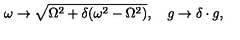
\omega \rightarrow \sqrt { \Omega ^ { 2 } + \delta ( \omega ^ { 2 } - \Omega ^ { 2 } ) } , \quad g \rightarrow \delta \cdot g ,